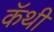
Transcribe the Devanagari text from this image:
कॅथी